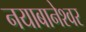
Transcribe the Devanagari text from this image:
नयाबानेश्वर